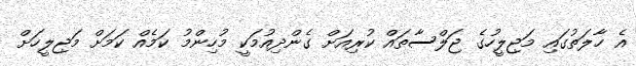
އެ ހާލަތުގައި މަޖިލީހުގެ ޖަލްސާތައް ކުރިއަށް ގެންދިއުމަކީ މުހިންމު ކަމެއް ކަމަށް މަޖިލީހަށް